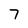
Character: 7